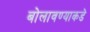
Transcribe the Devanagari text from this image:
बोलावण्याकडे